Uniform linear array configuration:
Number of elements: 8
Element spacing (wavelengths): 0.25
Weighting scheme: hann
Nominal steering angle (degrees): -30
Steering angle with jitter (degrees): -30.607
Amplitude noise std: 0.05
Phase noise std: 0.05

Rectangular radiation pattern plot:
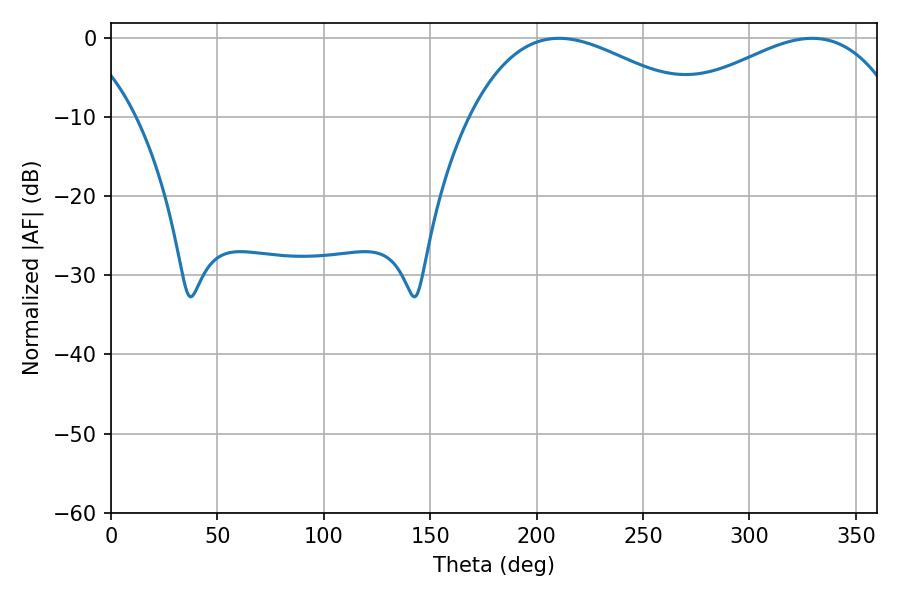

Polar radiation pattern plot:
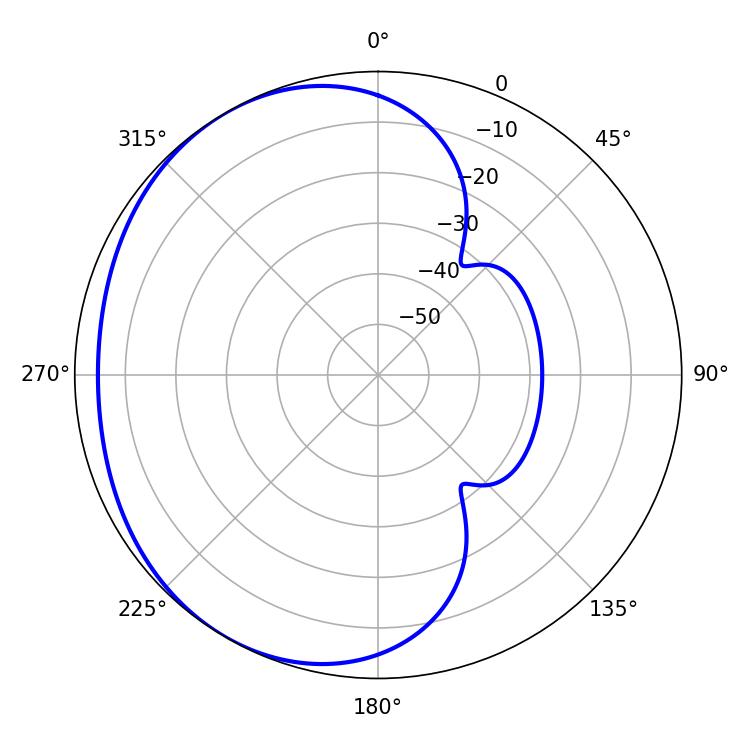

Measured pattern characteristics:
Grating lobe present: FALSE
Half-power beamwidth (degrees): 59.94
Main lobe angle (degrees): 210.6